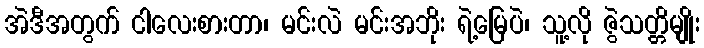
အဲဒီအတွက် ငါလေးစားတာ၊ မင်းလဲ မင်းအဘိုး ရဲ့မြေပဲ၊ သူ့လို ဇွဲသတ္တိမျိုး